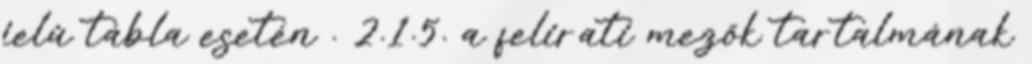
jelû tábla esetén . 2.1.5. a felirati mezõk tartalmának